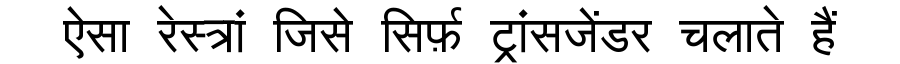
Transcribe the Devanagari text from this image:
ऐसा रेस्त्रां जिसे सिर्फ़ ट्रांसजेंडर चलाते हैं